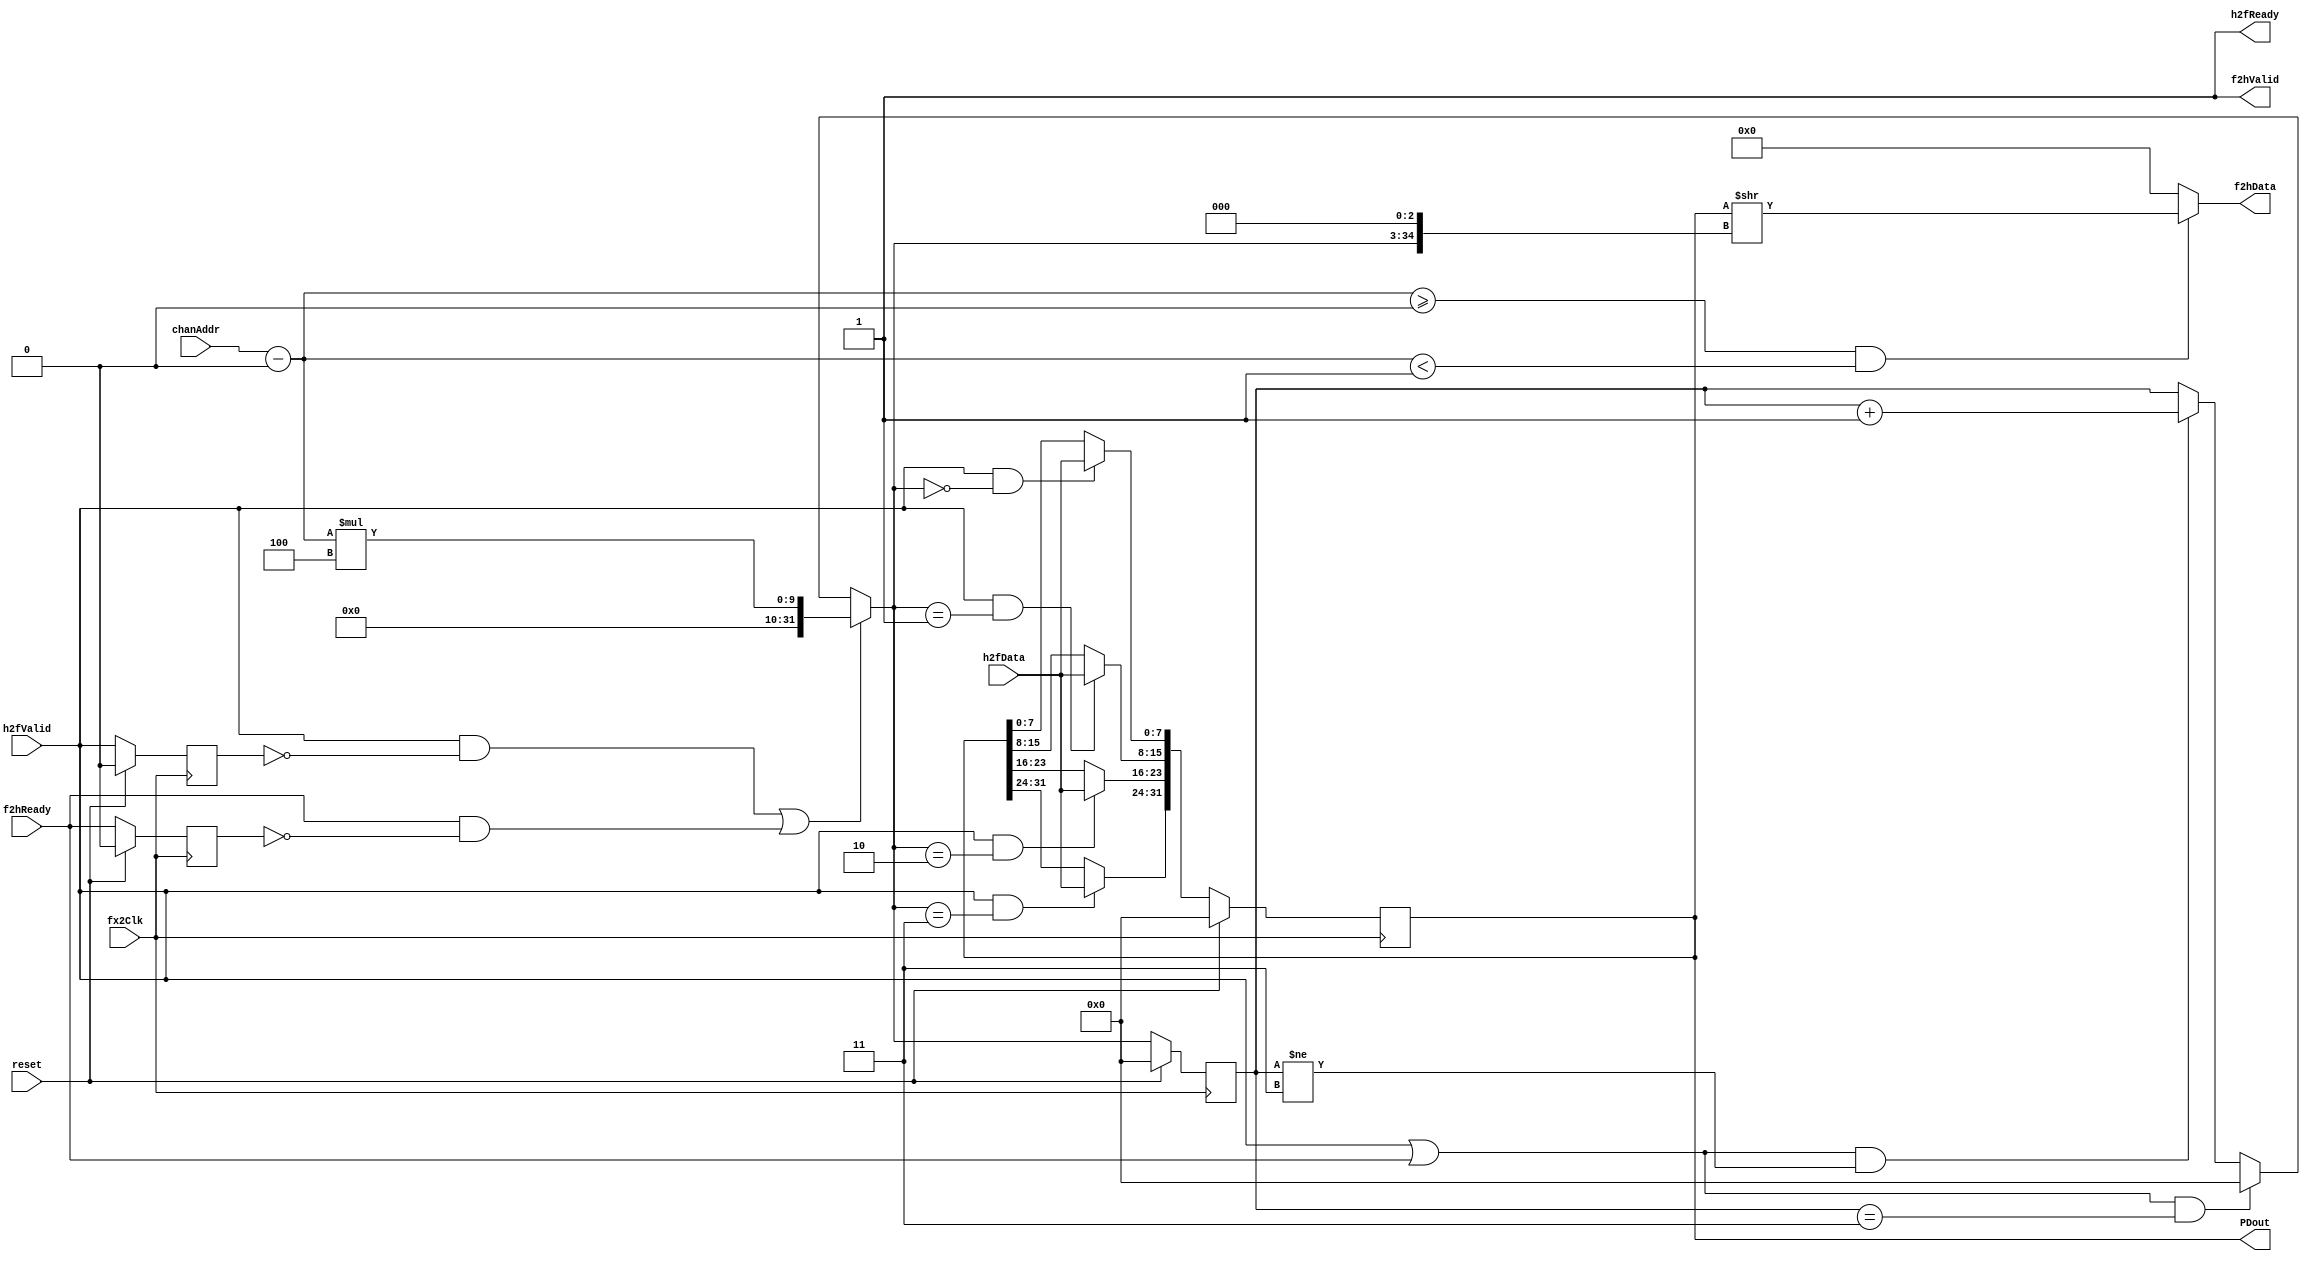
`timescale 1ns / 1ps
`default_nettype none
// Copyright (c) 2016 Jennifer Holt
//
// Permission is hereby granted, free of charge, to any person obtaining a copy of this software and 
// associated documentation files (the "Software"), to deal in the Software without restriction,
// including without limitation the rights to use, copy, modify, merge, publish, distribute,
// sublicense, and/or sell copies of the Software, and to permit persons to whom the Software is
// furnished to do so, subject to the following conditions:
//
// The above copyright notice and this permission notice shall be included in all copies or
// substantial portions of the Software.

// THE SOFTWARE IS PROVIDED "AS IS", WITHOUT WARRANTY OF ANY KIND, EXPRESS OR IMPLIED, INCLUDING BUT
// NOT LIMITED TO THE WARRANTIES OF MERCHANTABILITY, FITNESS FOR A PARTICULAR PURPOSE AND
// NONINFRINGEMENT. IN NO EVENT SHALL THE AUTHORS OR COPYRIGHT HOLDERS BE LIABLE FOR ANY CLAIM,
// DAMAGES OR OTHER LIABILITY, WHETHER IN AN ACTION OF CONTRACT, TORT OR OTHERWISE, ARISING FROM, OUT
// OF OR IN CONNECTION WITH THE SOFTWARE OR THE USE OR OTHER DEALINGS IN THE SOFTWARE.

//////////////////////////////////////////////////////////////////////////////////
// Company: 
// Engineer: 
// 
// Design Name: 
// Module Name:    configuration_memory 
// Project Name: 
// Target Devices: 
// Tool versions: 
// Description: 
//		Configuration register memory for FPGALink applications. register width, number of registers and base address are set by parameters.
//		Direct connection to commFPGA DVR pipes. registers are read/write from host side and read only from application side.
//		One chanAddr from commFPGA is used for each register, and an offset in chanAddr is set by BASEADDR, for example:
//		NREG = 8, NBYTES = 4, BASEADDR = 5 would create 8 32-bit registers starting at chanAddr 5.
//		
//		Implements an (NREG*NBYTES) byte wide memory as flip-flops. Read/Write access is provided on a byte wide bus, and continuous parallel read is provided on all bits.
//		Memory is arranged internally as an array of bytes with a byte memory pointer. The pointer is set to a register boundary at the start of every read/write.
//		The memory pointer increments on each byte read/written (note a transaction larger than NBYTES will start reading/writing into the next register)
//		Register values are output on PDout as:
//		{{REGn:m[7:0], REGn:m-1[7:0] ... REGn:0[7:0]}, {REGn-1:m[7:0], REGn-1:m-1[7:0] ... REGn-1:0[7:0]}, {REG0:m[7:0], REG0:m-1[7:0] ... REG0:0[7:0]}}
//		with n = (NREG-1 .. 0) and m = (NBYTES-1 .. 0).
//
//		Reads/Writes are byte sequential starting from (chanAddr-BASEADDR)*NBYTES when rd/wr is asserted.
//		Connects directly to the DVR pipes provided by commFPGA (usually through a MUX).
//
//	Instantiation Template
//	configuration_memory #(.NREG(4), .NBYTES(4), .BASEADDR(0)) ConfigMem (
//			.fx2Clk		(fx2Clk), 
//			.reset		(fx2Reset), 
//			.chanAddr		(mem_chanAddr),
//			.h2fData		(mem_h2fData), 
//			.h2fValid		(mem_h2fValid), 
//			.h2fReady		(mem_h2fReady),
//			.f2hData		(mem_f2hData), 
//			.f2hValid		(mem_f2hValid),
//			.f2hReady		(mem_f2hReady), 
//			.PDout		({memReg3, memReg2, memReg1, memReg0}) 
//	);
//	
// Dependencies: 
//
// Revision: 
// Revision 0.01 - File Created
// Additional Comments: 
//	internal memory pointer is 32-bit. unused bits should be optimized out by the synthesis tools.
//
//////////////////////////////////////////////////////////////////////////////////
   
module configuration_memory #(parameter NREG = 1, parameter NBYTES = 4, parameter[6:0] BASEADDR = 0)(
	input wire fx2Clk,
	input wire reset,
	 
	input wire [6:0] chanAddr,
	input wire [7:0] h2fData,
	input wire h2fValid,
	output wire h2fReady,
	 
	output wire [7:0] f2hData,
	input wire f2hReady,
	output wire f2hValid, 
	 
	output reg [NREG*NBYTES*8-1:0] PDout
    );
	
	//parameter POINTERBITS = $clog2(NREG*NBYTES);
	parameter POINTERBITS = 32;
	 
	assign h2fReady = 1'b1;			//always ready for writes
	assign f2hValid = 1'b1;			//output data is always valid
	
	//memory pointer
	reg [POINTERBITS-1:0] pointer = 0;
	wire [POINTERBITS-1:0] pointer_next;
	
	//wire for parallel data input to memory registers
	wire [NREG*NBYTES*8-1:0] PDin;
	
	//registered wr, rd
	reg wr_q = 1'b0;
	reg rd_q = 1'b0;
	
	//edge signals
	wire pedg_wr;
	wire pedg_rd;
	
	//edge logic
	assign pedg_wr = h2fValid & !wr_q;
	assign pedg_rd = f2hReady & !rd_q;
	
	//address logic
	wire AddrValid;
	wire [6:0] Addr;
	assign Addr = chanAddr-BASEADDR;
	assign AddrValid = (Addr >= 0) & (Addr < NREG);
	
	//pointer logic
	assign pointer_next = (pedg_wr | pedg_rd) ? (Addr) * NBYTES :
								 ((h2fValid | f2hReady) && (pointer == (NREG*NBYTES)-1)) ? 0 : 
								 ((h2fValid | f2hReady) && (pointer != (NREG*NBYTES)-1)) ? pointer + 1'b1 :
								 pointer;
	
	//write logic
	genvar i;
	generate
		for (i=0; i<(NREG*NBYTES) ; i=i+1) begin : test
			assign PDin[i*8+7:i*8] = (h2fValid & pointer_next == i) ? h2fData : PDout[i*8+7:i*8];
		end
	endgenerate
	
	//read logic
	wire [NREG*NBYTES*8-1:0] PDout_shift;
	assign PDout_shift = PDout >> ({3'b000,pointer_next} << 3);
	
	assign f2hData = (AddrValid) ? PDout_shift[7:0] : 8'd0;
			
	//registers
	always @ (posedge fx2Clk) begin
		if (reset) begin
			PDout <= 0;
			pointer <= 0;
			wr_q <= 0;
			rd_q <= 0;
		end else begin
			wr_q <= h2fValid;
			rd_q <= f2hReady;
			pointer <= pointer_next;
			PDout <= PDin;
		end
	end


endmodule